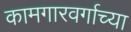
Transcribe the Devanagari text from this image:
कामगारवर्गाच्या